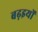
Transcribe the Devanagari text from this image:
बढ़इयों